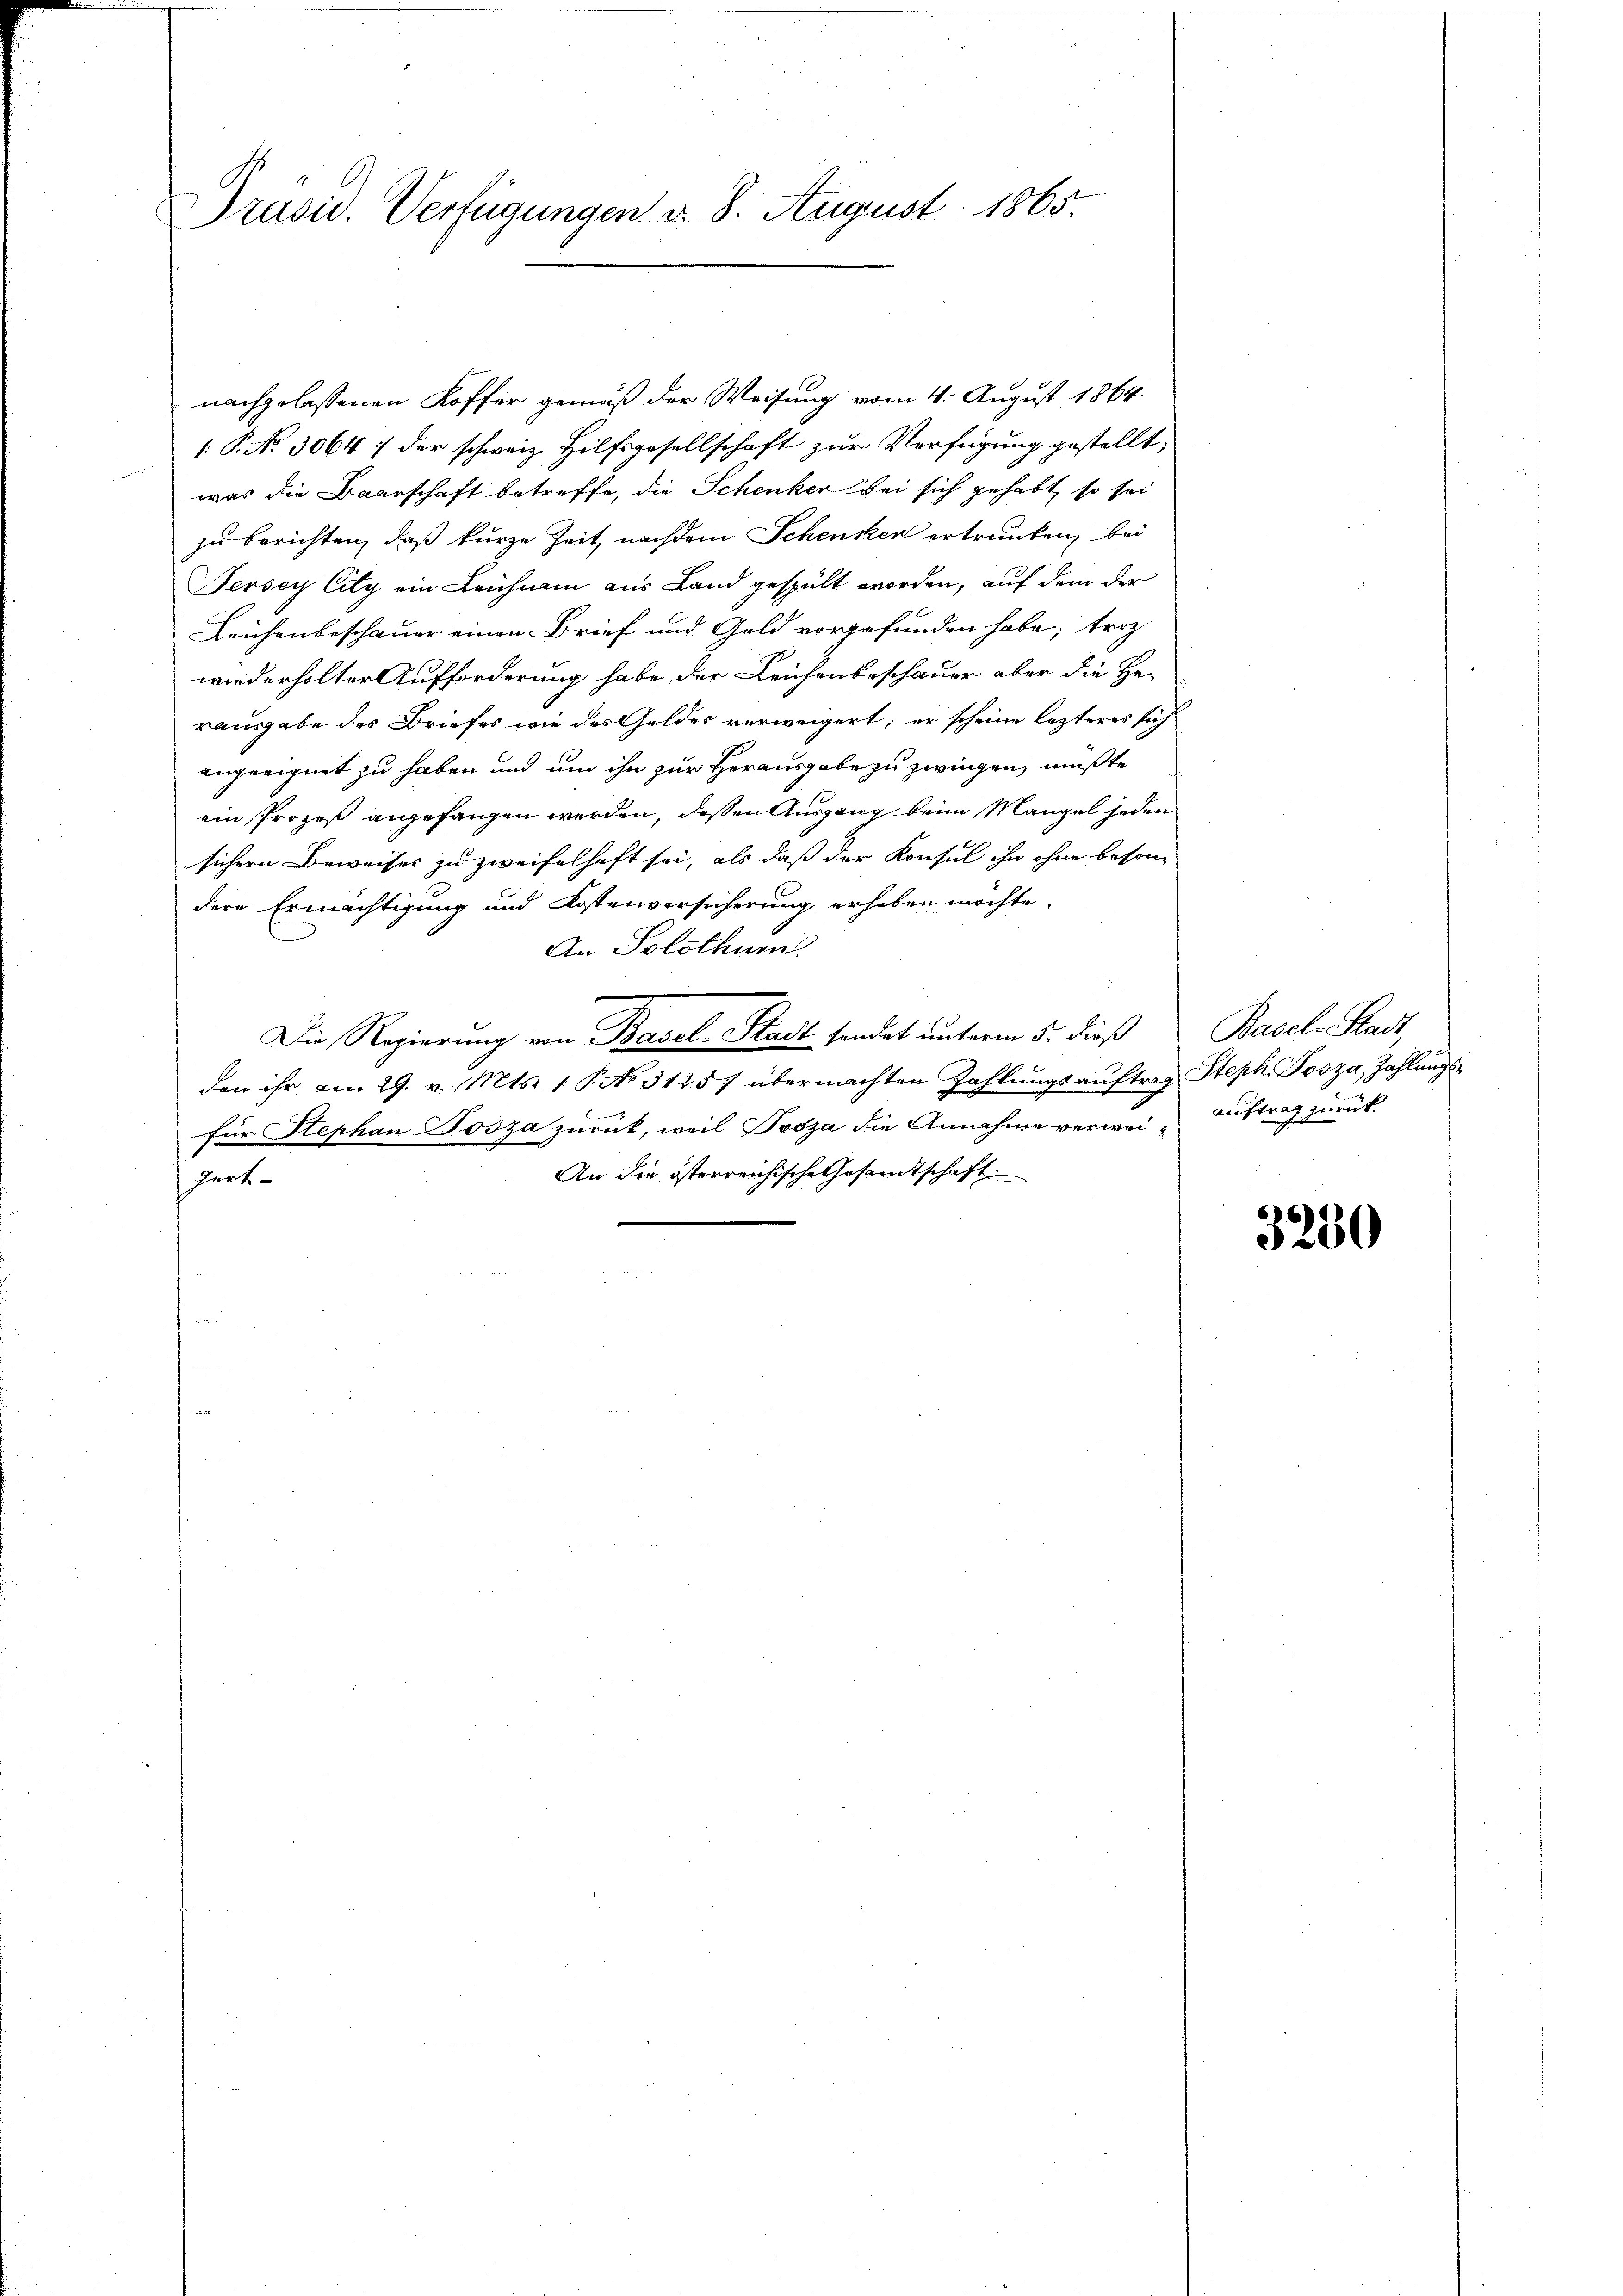
PPräsid. Verfügungen d. 8. August 1865.

nachgelassenen Koffer gemäß der Weisung vom 4. August 1864
: P. No. 5064 / der schweiz. Hilfsgesellschaft zur Verfügung gestellt;
was die Baarschaft betreffe, die Schenker bei sich gehabt, so sei
zu berichten, daß kurze Zeit, nachdem Schenken ertrunken, bei
Fersey City ein Leichnam aus Land gespült worden, auf dem der
Leichenbeschauer einen Brief und Geld vorgefunden habe, trotz
wiederholter Aufforderung habe der Leichenbeschauer aber die Her
rausgabe des Briefes wie des Geldes verweigert; er scheine lezteres sichangeeignet zu haben und um ihn zur Herausgabe zu zwingen, mußte
ein Prozeß angefangen werden, dessen Ausgang beim Mangel jeden
sichern Beweiser zu zweifelhaft sei, als daß der Konsul ihn ohne besondere Ermächtigung und Kostenversicherung erheben möchte.
An Solothurn.
Die Regierung von Basel-Stadt sindet unterm 5. dieß
den ihr am 29. v. Mts. 1 P. No. 31257 übermachten Zahlŭngsaŭftrag Steph. Posza, Zahlungsfür Stephan Josza zurück, weil Tosza die Annahme verwei- Auftrag zurück¬
An die österreichische Gesandtschaft
Fert

Basel-Stadt,

3230